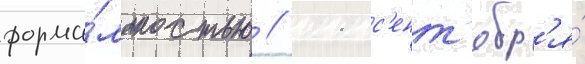
форма́льностью // 11 с'ент'ябр'я́